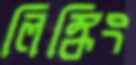
লিঙ্কিং